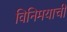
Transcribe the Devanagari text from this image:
विनिमयाची